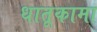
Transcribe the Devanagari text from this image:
धातूकामा